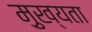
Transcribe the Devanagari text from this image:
मु़ख्यता